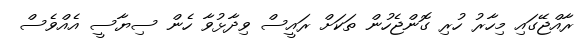
ރާއްޖޭގައި މިހާރު ހުރި ގޮންޖެހުން ތަކަށް ރައީސް ވިދާޅުވާ ހެން ސިޔާސީ އެއްވެސް